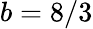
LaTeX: b=8/3